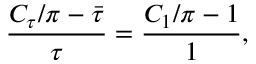
\frac { C _ { \tau } / \pi - \bar { \tau } } { \tau } = \frac { C _ { 1 } / \pi - 1 } { 1 } ,